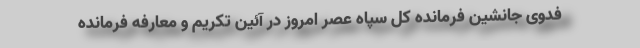
فدوی جانشین فرمانده کل سپاه عصر امروز در آئین تکریم و معارفه فرمانده